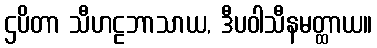
ဌပိတာ သီဟဠဘာသာယ, ဒီပဝါသီနမတ္ထာယ။